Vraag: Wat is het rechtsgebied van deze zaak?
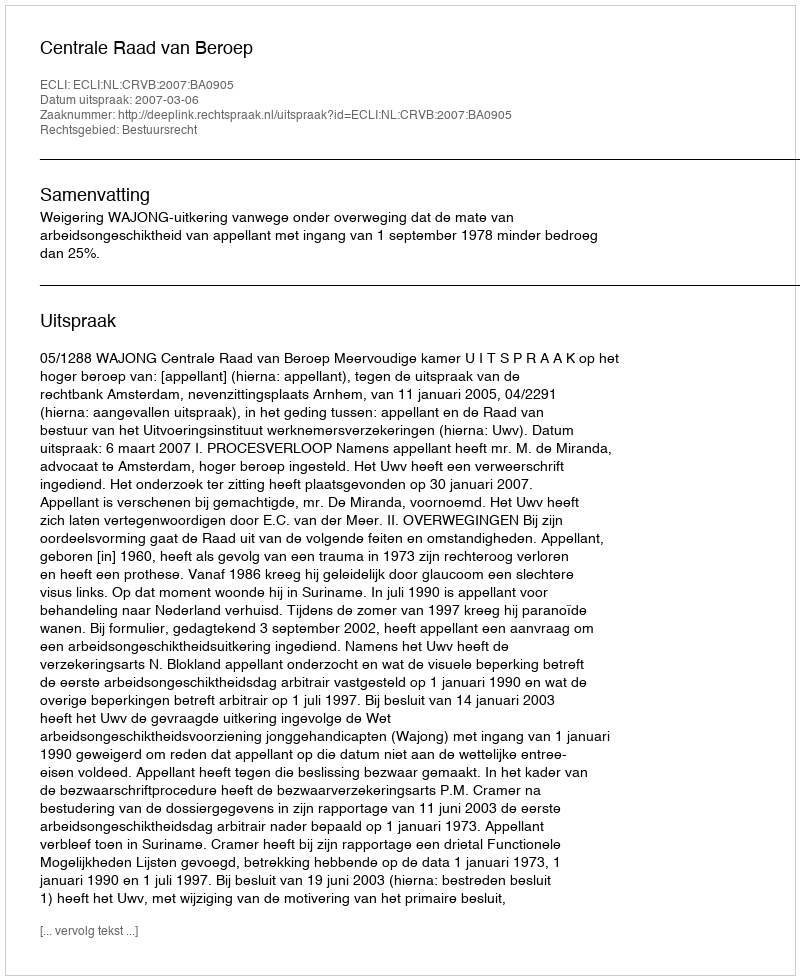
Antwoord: Bestuursrecht